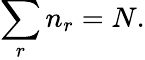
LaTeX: \sum_{r}n_{r}=N.